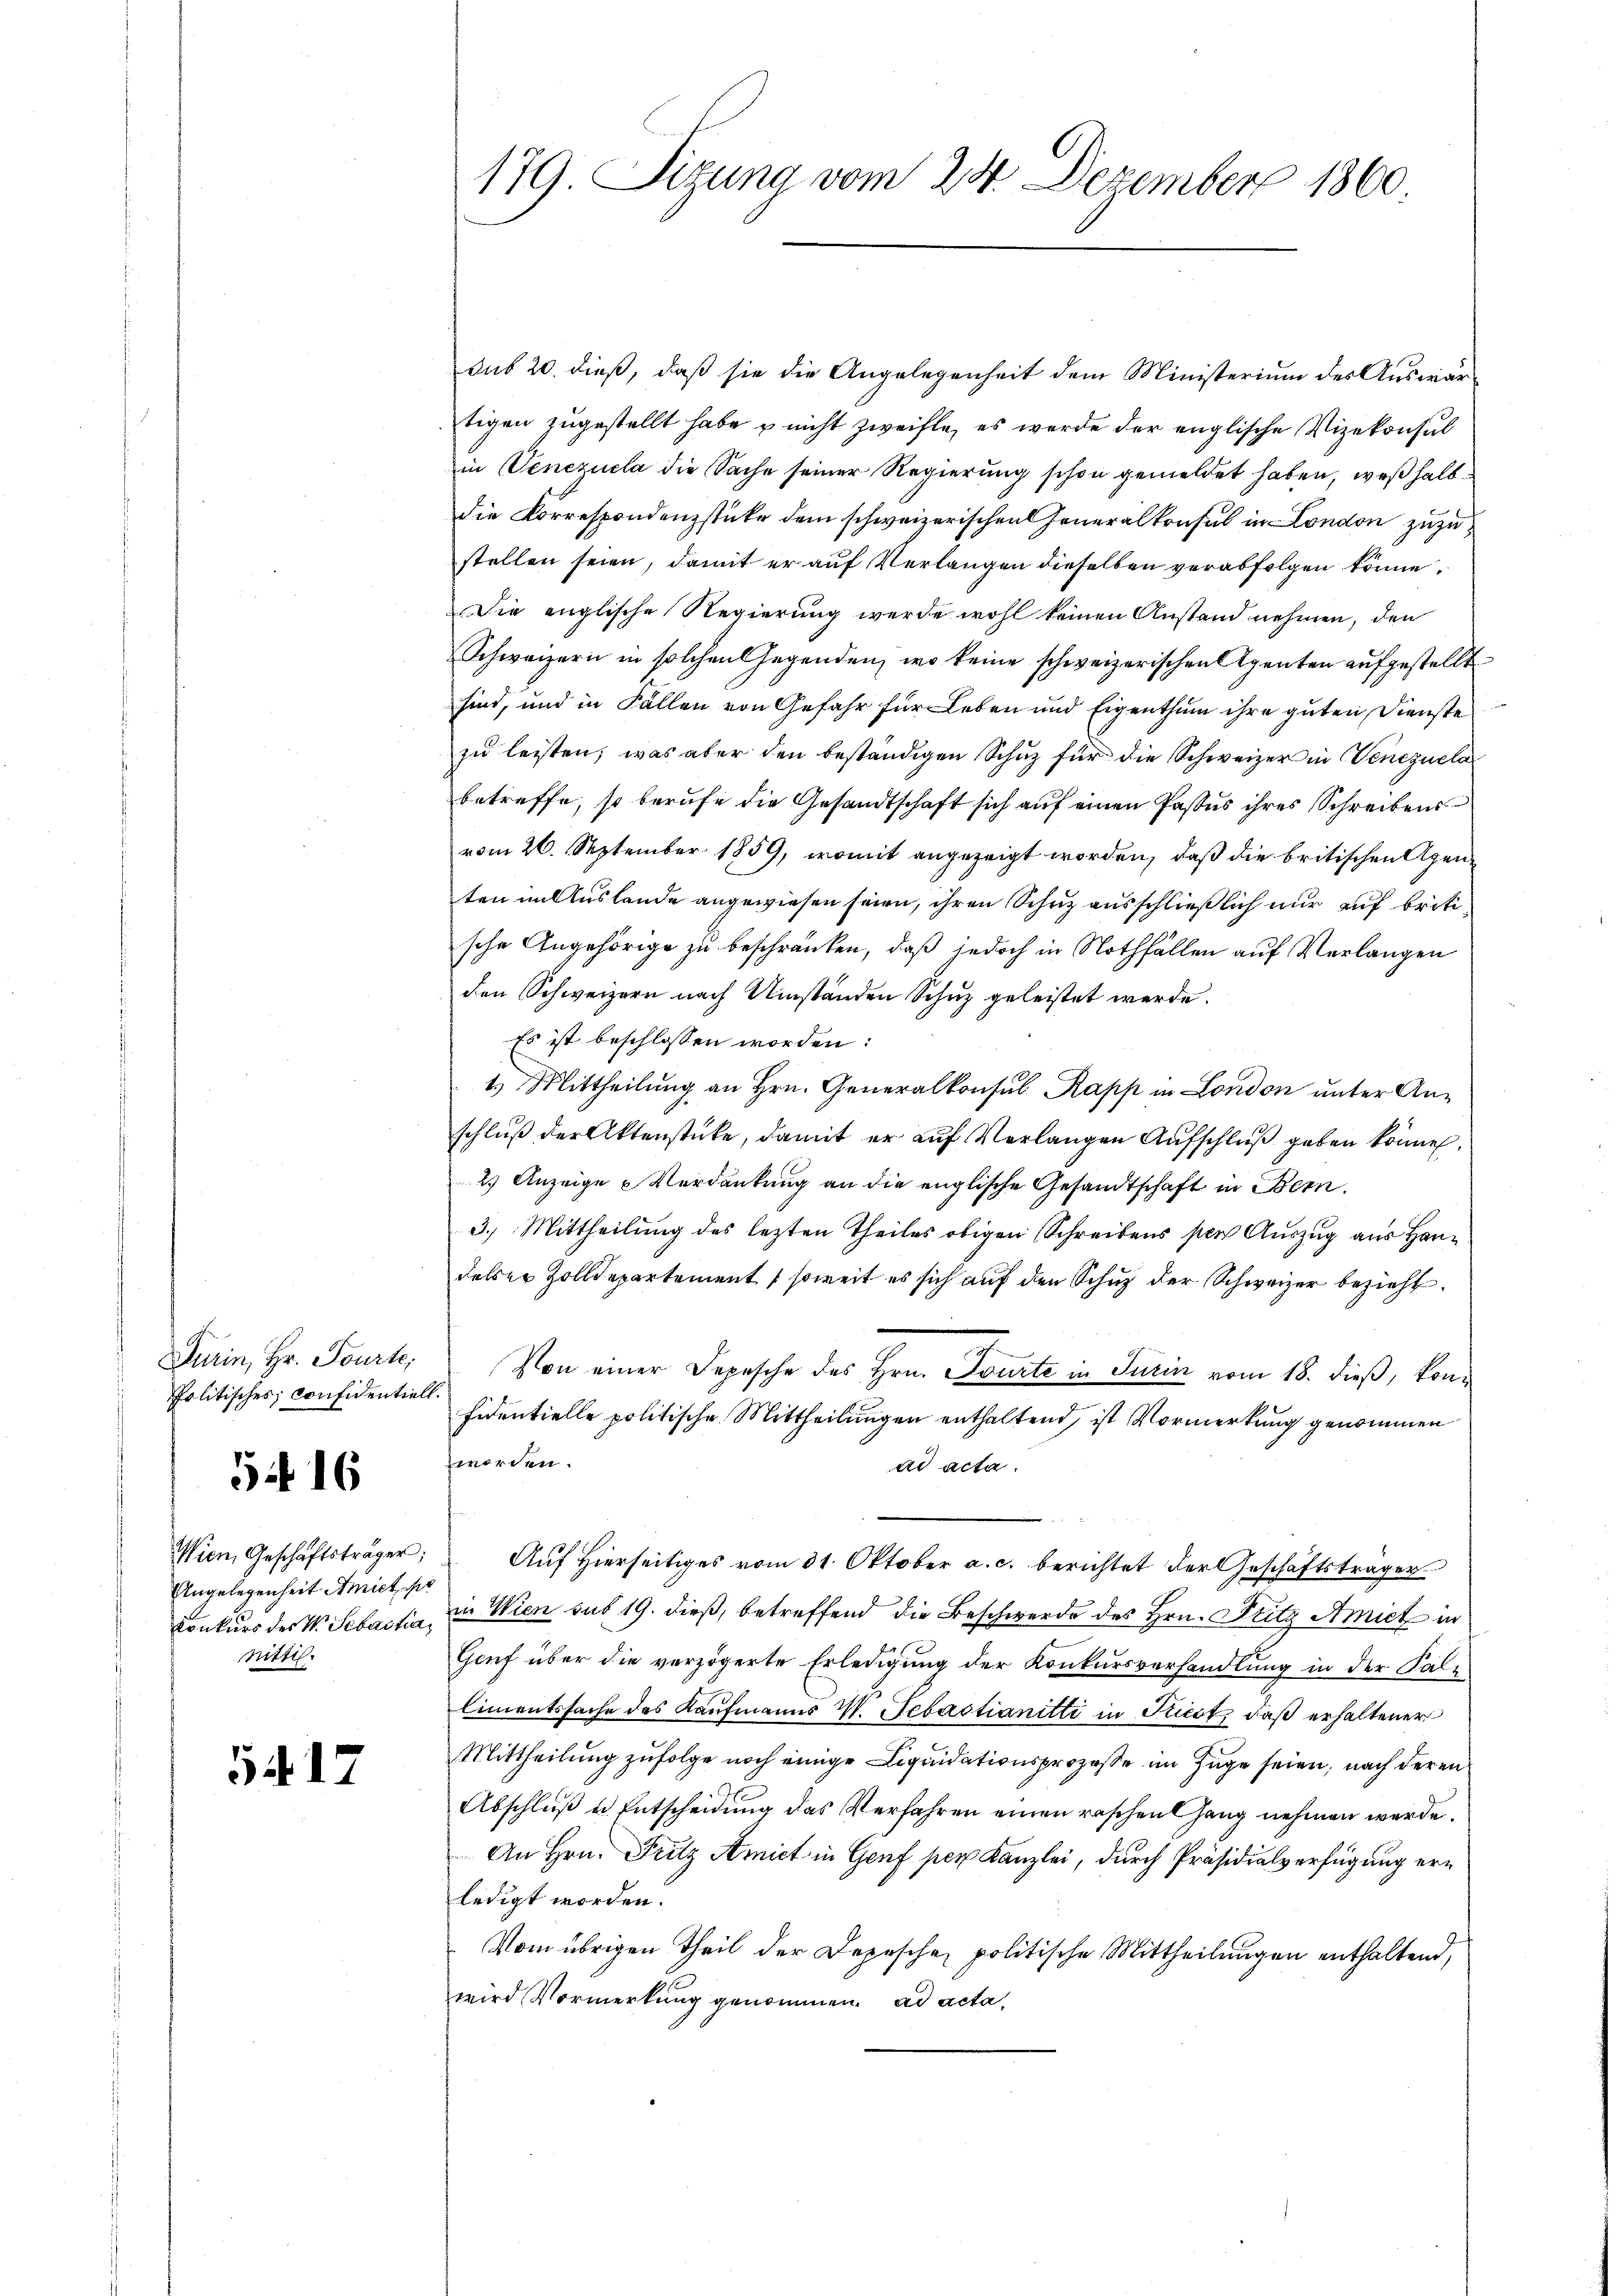
Turin, Hr. Tourte,
Politisches, confidentiell.

54. 16

Wien, Geschäftsträger;
Angelegenheit Amict pe
Conkurs des V. Sebastia,
nitti.

5417

179. Sizung vom 24. Dezember 1860

dus 20. dieß, daß sie die Angelegenheit dem Ministerium des Auswärtigen zugestellt habe u nicht zweifle, es werde der englische Vizekonsul
in Venezuela die Sache seiner Regierung schon gemeldet haben, weßhalb
die Korrespondenzstüke dem schweizerischen Generaltafel in London zuzustellen seien, damit er auf Verlangen dieselben verabfolgen könne,
Die englische Regierung werde wohl keinen Anstand nehmen, den
Schweizern in solchen Gegenden, wo keine schweizerischen Agenten aufgestellt
sind, und in Fällen von Gefahr für Leben und Eigenthum ihre guten Dienste
zu leisten, was aber den beständigen Schuz für die Schweizer in Venezuela
betreffe, so berufe die Gesandtschaft sich auf einen Passus ihres Schreibens
vom 26. September 1859, womit angezeigt worden, daß die britischen Agenten in Auslande angewiesen seien, ihren Schuz ausschließlich nur auf britische Angehörige zu beschränken, daß jedoch in Nothfällen auf Verlangen
den Schweizern nach Umständen Schuz geleistet werde.
Es ist beschlossen worden:
1.) Mittheilung an Hrn. Generalkonsul Kapp in London unter Anschluß der Aktenstücke, damit er aŭf Verlangen Aufschlŭβ geben könne.
2. Anzeige Verdankung an die englische Gesandtschaft in Bern.
3.) Mittheilung des lezten Theiles obigen Schreibens per Auszug aus Handalser Zolldepartement (soweit es sich auf den Schuz der Schweizer bezieht.
Von einer Depesche des Hrn. Tourte in Turin vom 18. dieß, konfidentielle politische Mittheilungen enthaltend, ist Vormerkung genommen
worden.
ad acta.
Auf Hierseitiges vom 31. Oktober a. c. berichtet der Geschäftsträger
in Wien sub 19. dieß, betreffend die Beschwerde des Hrn. Fritz Amiet in
Geuf über die verzögerte Erledigung der Konkursverhandlung in der Falz
limentssache des Kaufmanns V. Sebastianitti in Ricot, daß erhaltener
Mittheilung zufolge noch einige Liquidationsprozeße im Zuge seien, nach deren
Abschluß u. Entscheidung das Verfahren einen raschen Gang nehmen werde.
An Hrn. Fritz Amiet in Genf per Kanzlei, durch Präsidialverfügung erledigt worden.
Vom übrigen Theil der Depesche politische Mittheilungen enthaltend,
wird Vormerkung genommen. ad acta,